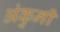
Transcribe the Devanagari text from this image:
अंकुनी